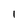
Character: l